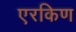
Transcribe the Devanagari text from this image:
एरकिण